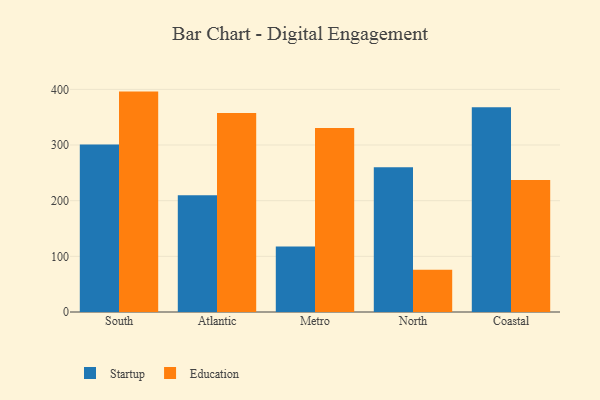
{"axis": {"x": "Region", "y": "LTV (USD)"}, "legend": ["Education", "Startup"], "data": [{"x": "South", "y": 301.1, "type": "Startup"}, {"x": "South", "y": 396.0, "type": "Education"}, {"x": "Atlantic", "y": 209.6, "type": "Startup"}, {"x": "Atlantic", "y": 357.7, "type": "Education"}, {"x": "Metro", "y": 117.6, "type": "Startup"}, {"x": "Metro", "y": 330.6, "type": "Education"}, {"x": "North", "y": 260.2, "type": "Startup"}, {"x": "North", "y": 75.8, "type": "Education"}, {"x": "Coastal", "y": 367.9, "type": "Startup"}, {"x": "Coastal", "y": 237.3, "type": "Education"}]}